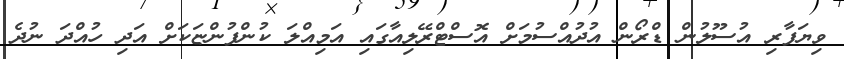
ވިޔަފާރި އުސޫލުން ޑްރޯން އުދުއްސުމަށް އޮސްޓްރޭލިއާގައި އަމިއްލަ ކުންފުންޏަކަށް އަދި ހުއްދަ ނުދެ